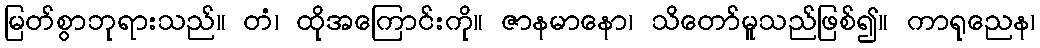
မြတ်စွာဘုရားသည်။ တံ၊ ထိုအကြောင်းကို။ ဇာနမာနော၊ သိတော်မူသည်ဖြစ်၍။ ကာရုညေန၊